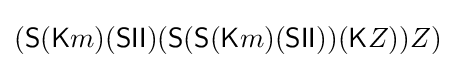
({\textsf {S}}({\textsf {K}}m)({\textsf {S}}{\textsf {I}}{\textsf {I}})({\textsf {S}}({\textsf {S}}({\textsf {K}}m)({\textsf {S}}{\textsf {I}}{\textsf {I}}))({\textsf {K}}Z))Z)